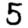
Digit: 5